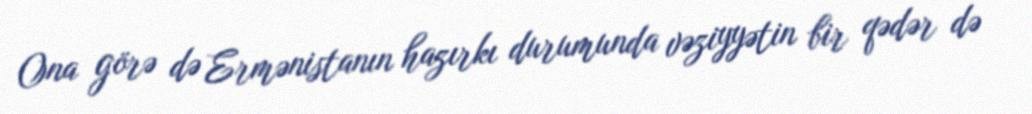
Ona görə də Ermənistanın hazırkı durumunda vəziyyətin bir qədər də